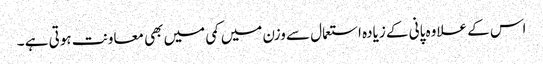
اس کے علاوہ پانی کے زیادہ استعمال سے وزن میں کمی میں بھی معاونت ہوتی ہے ۔